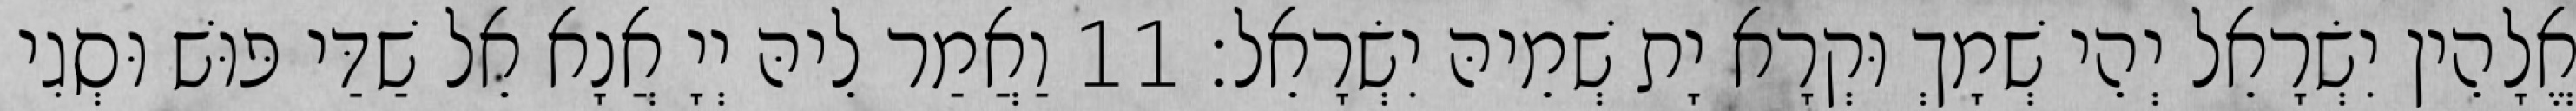
אֱלָהֵין יִשְׂרָאֵל יְהֵי שְׁמָךְ וּקְרָא יָת שְׁמֵיהּ יִשְׂרָאֵל׃ 11 וַאֲמַר לֵיהּ יְיָ אֲנָא אֵל שַׁדַּי פּוּשׁ וּסְגִי